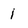
Character: 1